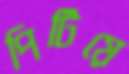
পিটিয়ে